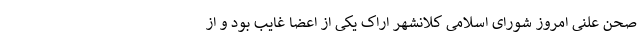
صحن علنی امروز شورای اسلامی کلانشهر اراک یکی از اعضا غایب بود و از